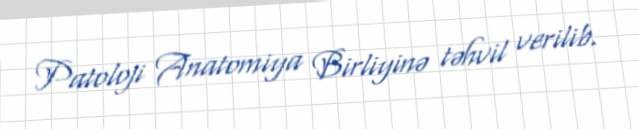
Patoloji Anatomiya Birliyinə təhvil verilib.